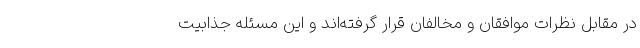
در مقابل نظرات موافقان و مخالفان قرار گرفته‌اند و این مسئله جذابیت